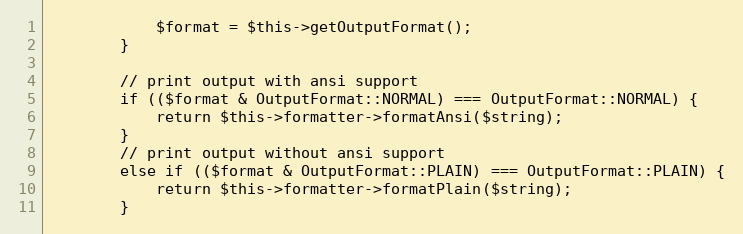
Language: PHP
            $format = $this->getOutputFormat();
        }

        // print output with ansi support
        if (($format & OutputFormat::NORMAL) === OutputFormat::NORMAL) {
            return $this->formatter->formatAnsi($string);
        }
        // print output without ansi support
        else if (($format & OutputFormat::PLAIN) === OutputFormat::PLAIN) {
            return $this->formatter->formatPlain($string);
        }